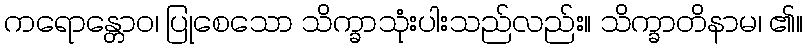
ကရောန္တောဝ၊ ပြုစေသော သိက္ခာသုံးပါးသည်လည်း။ သိက္ခာတိနာမ၊ ၏။